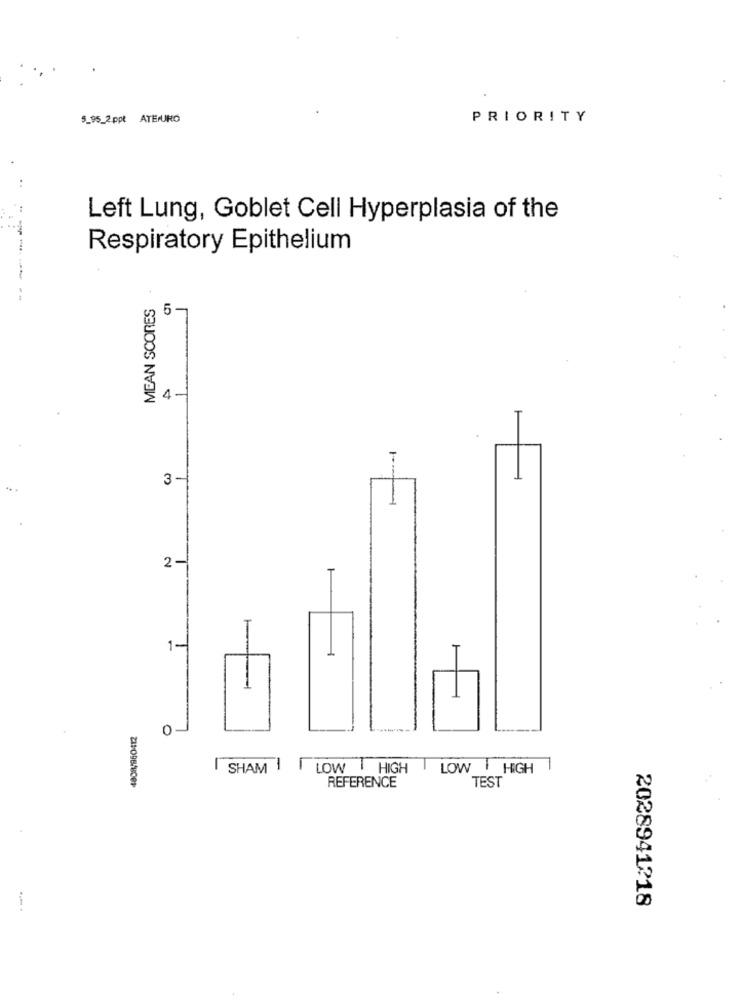
5_95_2 ppt ATEURO
PRIORITY
Left Lung, Goblet Cell Hyperplasia of the
Respiratory Epithelium
--
MEAN SCORES
5-
1
1-
3 -
2 -
1-
0
SHAM
LOW HIGH
LOW HIGH
REFERENCE
TEST
2028941218